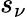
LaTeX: s_{\nu}